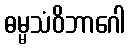
ဓမ္မသံဝိဘာဂေါ